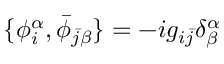
\{ \phi _ { i } ^ { \alpha } , \bar { \phi } _ { \bar { j } \beta } \} = - i g _ { i \bar { j } } \delta _ { \beta } ^ { \alpha }